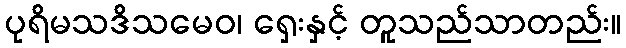
ပုရိမသဒိသမေဝ၊ ရှေးနှင့် တူသည်သာတည်း။